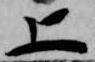
上